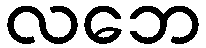
လဘေ